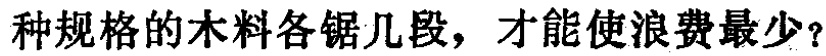
种规格的木料各锯几段，才能使浪费最少？